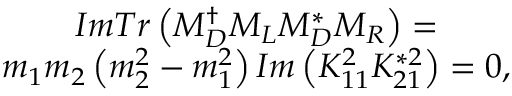
\begin{array} { c } { { I m T r \left( M _ { D } ^ { \dagger } M _ { L } M _ { D } ^ { * } M _ { R } \right) = } } \\ { { m _ { 1 } m _ { 2 } \left( m _ { 2 } ^ { 2 } - m _ { 1 } ^ { 2 } \right) I m \left( K _ { 1 1 } ^ { 2 } K _ { 2 1 } ^ { * 2 } \right) = 0 , } } \end{array}